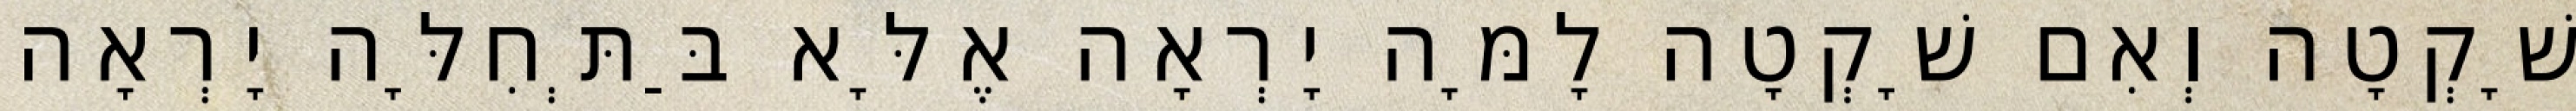
שָׁקְטָה וְאִם שָׁקְטָה לָמָּה יָרְאָה אֶלָּא בַּתְּחִלָּה יָרְאָה